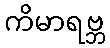
ကိမာရဗ္ဘ